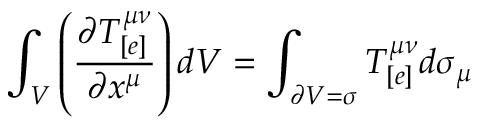
\int _ { V } \left( \frac { \partial T _ { [ e ] } ^ { \mu \nu } } { \partial x ^ { \mu } } \right) d V = \int _ { \partial V = \sigma } T _ { [ e ] } ^ { \mu \nu } d \sigma _ { \mu }